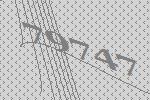
79747